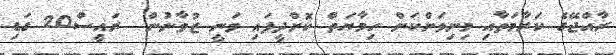
ރާއްޖޭގެ ކަރާމަތާއި މިނިވަންކަން ހިމާޔަތް ކޮށްދީފައި ވަނީ ޒުވާނުން  ރައީސް20 ގަޑި